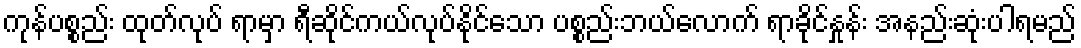
ကုန်ပစ္စည်း ထုတ်လုပ် ရာမှာ ရီဆိုင်ကယ်လုပ်နိုင်သော ပစ္စည်းဘယ်လောက် ရာခိုင်နှုန်း အနည်းဆုံးပါရမည်